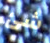
شئ